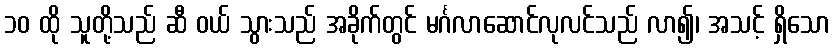
၁၀ ထို သူတို့သည် ဆီ ဝယ် သွားသည် အခိုက်တွင် မင်္ဂလာဆောင်လုလင်သည် လာ၍၊ အသင့် ရှိသော